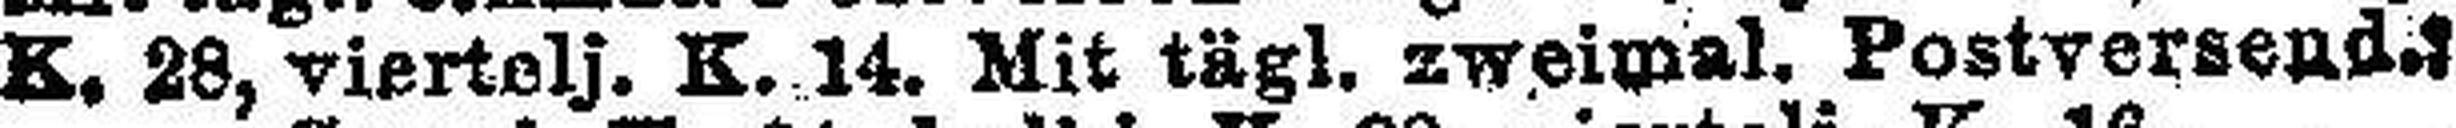
K. 28, viertelj. K. 14. Mit tägl. zweimal. Postversend.: